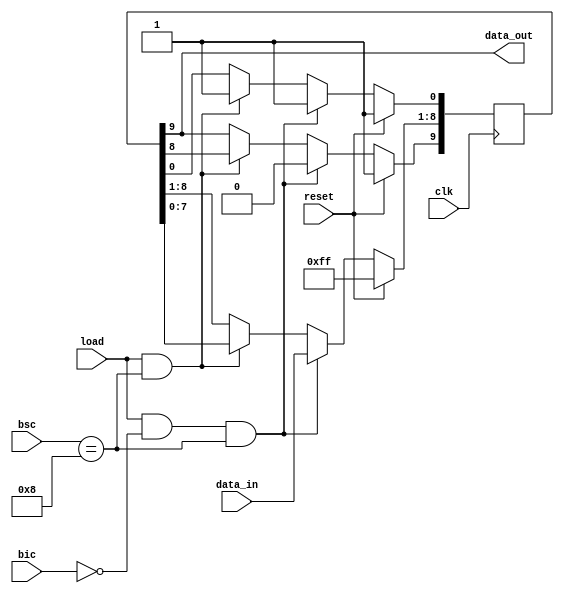
module P_to_S (clk, reset, data_in, load, bsc, bic, data_out);
	input clk, reset;
	input load;
	input [7:0] data_in;
	input [3:0] bsc;
	input [3:0] bic;
	output data_out;
	
	reg [9:0] data_temp;
	
	always @(posedge clk)
		if (reset)
			data_temp <= 10'b1111111111;
		else if(load == 1'b1 & bic == 4'b0000 & bsc == 4'b1000) begin
			//data_out <= 1'b0; //start bit
			data_temp[9] <= 1'b0;
			data_temp[8:1] <= data_in;
			data_temp[0] <= 1'b1;
			//data_out <= 1'b0;
		end else if(load == 1'b1 & bsc == 4'b1000 & bic != 1010) begin
			data_temp <= {data_temp[8:0], 1'b1};
			//data_out <= data_temp[9];		
		end
		//else if(bic == 1010) data_out <= 1'b1;
		
		assign data_out = data_temp[9];

endmodule